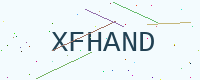
Text: XFHAND